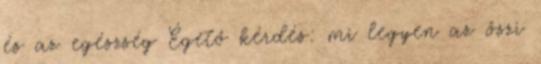
és az egészség Égető kérdés: mi legyen az őszi